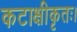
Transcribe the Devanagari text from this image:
कटाक्षीकृतः।